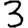
Digit: 3